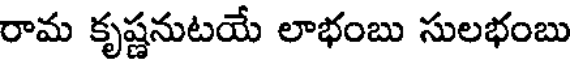
రామ కృష్ణనుటయే లాభంబు సులభంబు